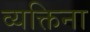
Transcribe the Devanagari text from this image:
व्यक्तिना